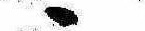
ゝ